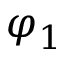
\varphi _ { 1 }